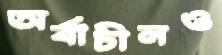
অর্বাচীনও